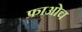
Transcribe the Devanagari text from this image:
फ्राओच